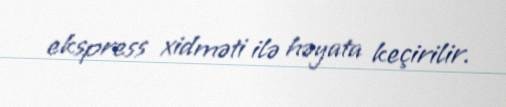
ekspress xidməti ilə həyata keçirilir.